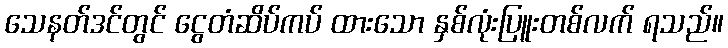
သေနတ်ဒင်တွင် ငွေတံဆိပ်ကပ် ထားသော နှစ်လုံးပြူးတစ်လက် ရသည်။